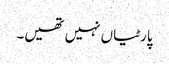
پارٹیاں نہیں تھیں۔